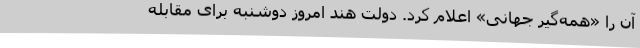
آن را «همه‌گیر جهانی» اعلام کرد. دولت هند امروز دوشنبه برای مقابله